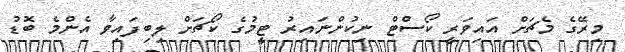
މިރޭގެ މެޗަށް އައިވަރީ ކޯސްޓް ނިކުންނައިރު ޓީމުގެ ކޯޗަށް ލިބިފައިވާ އެންމެ ބޮޑު